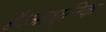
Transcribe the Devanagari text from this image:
है।आधुनिक